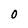
Character: O